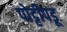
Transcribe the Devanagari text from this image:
पोट्टीपडू